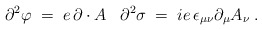
\begin{align*} \partial^2 \varphi \;=\; e \,\partial \cdot A \;\;\; \partial^2 \sigma \;=\; i e \,\epsilon_{\mu\nu} \partial_\mu A_\nu \;.\end{align*}